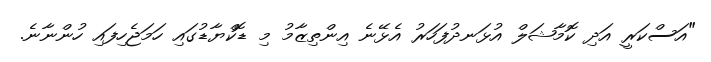
"އަސްކަރީ އަދި ކޮމާޝަލް އުޅަނދުފަހަރު އެޅޭނެ އިންތިޒާމު މި ޑޮކްޔާޑުގައި ހަމަޖެހިފައި ހުންނާނެ.